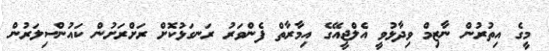
މީގެ އިތުރުން ނާޒިމް ވިދާޅުވީ އެލްޖީއޭގެ އިމާރާތް ފެންވަރު ރަނގަޅުކޮށް ރަށްރަށުން ކައުންސިލަރުން